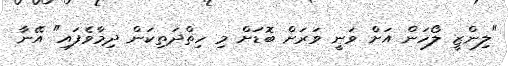
"ލިންޒީ ލޯހަން އަށް ވަނީ ވަރަށް ބޮޑަށް މި ހިތްދަތިކަން ދިމާވެފައި" އޭނާ